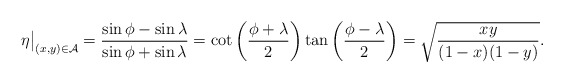
\begin{align*}\eta\big|_{(x,y)\in\mathcal{A}}=\frac{\sin\phi-\sin\lambda}{\sin\phi+\sin\lambda}=\cot\left(\frac{\phi+\lambda}{2}\right)\tan\left(\frac{\phi-\lambda}{2}\right)=\sqrt{\frac{xy}{(1-x)(1-y)}}.\end{align*}